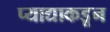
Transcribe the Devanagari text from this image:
प्याद्याकडून